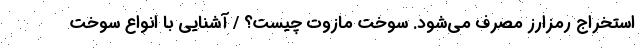
استخراج رمزارز مصرف می‌شود. سوخت مازوت چیست؟ / آشنایی با انواع سوخت